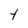
Character: t